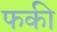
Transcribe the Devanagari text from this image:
फकी